Scottish Leaving Certificate Examination, 1955
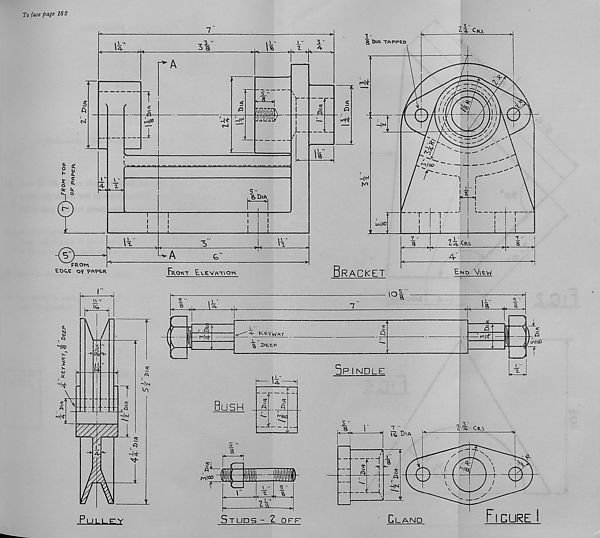
To face page 162
2- 4- Crs
§ DIA TAPPED
\ "
l "
31
1
5."
//
//
UmW'
rv>K»
V
5-1
J
/ /
^/oo
r
-HH
K>
6 Dm
r-
Ln]«3
I4. Crs
A
4r
from
EOC,E Of PftVtR
Front Elevpi-oon
Bracket
EhdVvew
5
5 •'
n • ■
Ip
Kfj' cr
K>hf
-L '■
^ Se.e.p
_,«/cr»|dJ
^05
□PINDLE
" csi
^ r
—
Bush
■ vi|t
r^loc
1% Cks
7 1
D\r
-W
■ V,
■Sr
M-
«6
i
MlOO
—| (vj
La
Pui.i.,£:Y
Studs - Z or?
Gland
Figure I